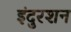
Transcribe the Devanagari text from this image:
इंदुरशन